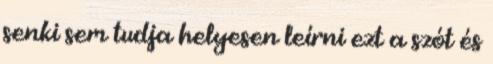
senki sem tudja helyesen leírni ezt a szót és